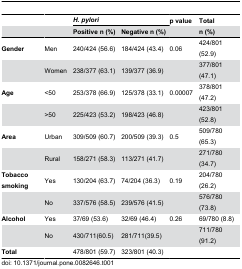
<table><thead><tr><td></td><td></td><td colspan="2"><b><i>H. pylori</i></b></td><td><b>p value</b></td><td><b>Total</b></td></tr><tr><td></td><td></td><td><b>Positive n (%)</b></td><td><b>Negative n (%)</b></td><td></td><td><b>n (%)</b></td></tr></thead><tbody><tr><td><b>Gender</b></td><td>Men </td><td>240/424 (56.6)</td><td>184/424 (43.4)</td><td>0.06</td><td>424/801 (52.9)</td></tr><tr><td></td><td>Women </td><td>238/377 (63.1)</td><td>139/377 (36.9)</td><td></td><td>377/801 (47.1)</td></tr><tr><td><b>Age</b></td><td>&lt;50</td><td>253/378 (66.9)</td><td>125/378 (33.1)</td><td>0.00007</td><td>378/801 (47.2)</td></tr><tr><td></td><td>&gt;50</td><td>225/423 (53.2)</td><td>198/423 (46.8)</td><td></td><td>423/801 (52.8)</td></tr><tr><td><b>Area</b></td><td>Urban</td><td>309/509 (60.7)</td><td>200/509 (39.3)</td><td>0.5</td><td>509/780 (65.3)</td></tr><tr><td></td><td>Rural</td><td>158/271 (58.3)</td><td>113/271 (41.7)</td><td></td><td>271/780 (34.7)</td></tr><tr><td><b>Tobacco smoking</b></td><td>Yes </td><td>130/204 (63.7)</td><td>74/204 (36.3)</td><td>0.19</td><td>204/780 (26.2)</td></tr><tr><td></td><td>No </td><td>337/576 (58.5)</td><td>239/576 (41.5)</td><td></td><td>576/780 (73.8)</td></tr><tr><td><b>Alcohol</b></td><td>Yes </td><td>37/69 (53.6)</td><td>32/69 (46.4)</td><td>0.26</td><td>69/780 (8.8)</td></tr><tr><td></td><td>No </td><td>430/711(60.5)</td><td>281/711(39.5)</td><td></td><td>711/780 (91.2)</td></tr><tr><td><b>Total</b></td><td></td><td>478/801 (59.7)</td><td>323/801 (40.3)</td><td></td><td></td></tr></tbody></table>